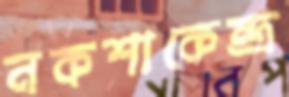
নকশাকেন্দ্র